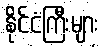
နိုင်ငံကြီးများ